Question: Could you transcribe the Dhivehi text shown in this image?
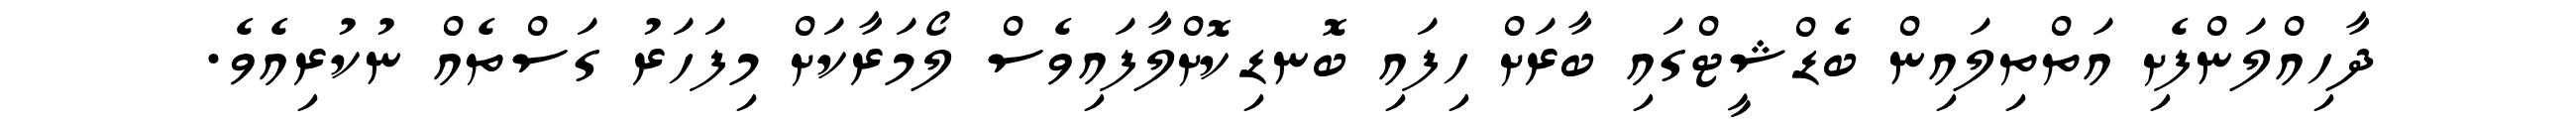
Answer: ދާހިއްލަންފެށި އަތްތިލައިން ބެޑްޝީޓްގައި ބާރަށް ހިފައި ބޮނޑިކޮށްލާފައިވެސް ލޯމަރާކަށް މިފަހަރު ގަސްތެއް ނުކުރިއެވެ.